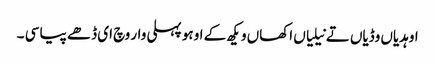
اوہدیاں وڈیاں تے نیلیاں اکھاں و یکھ کے اوہو پہلی وار وچ ای ڈھے پیا سی ۔